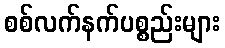
စစ်လက်နက်ပစ္စည်းများ